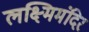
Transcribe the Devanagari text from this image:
लक्ष्मिमंदिर